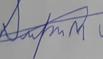
Signature authenticity: forged